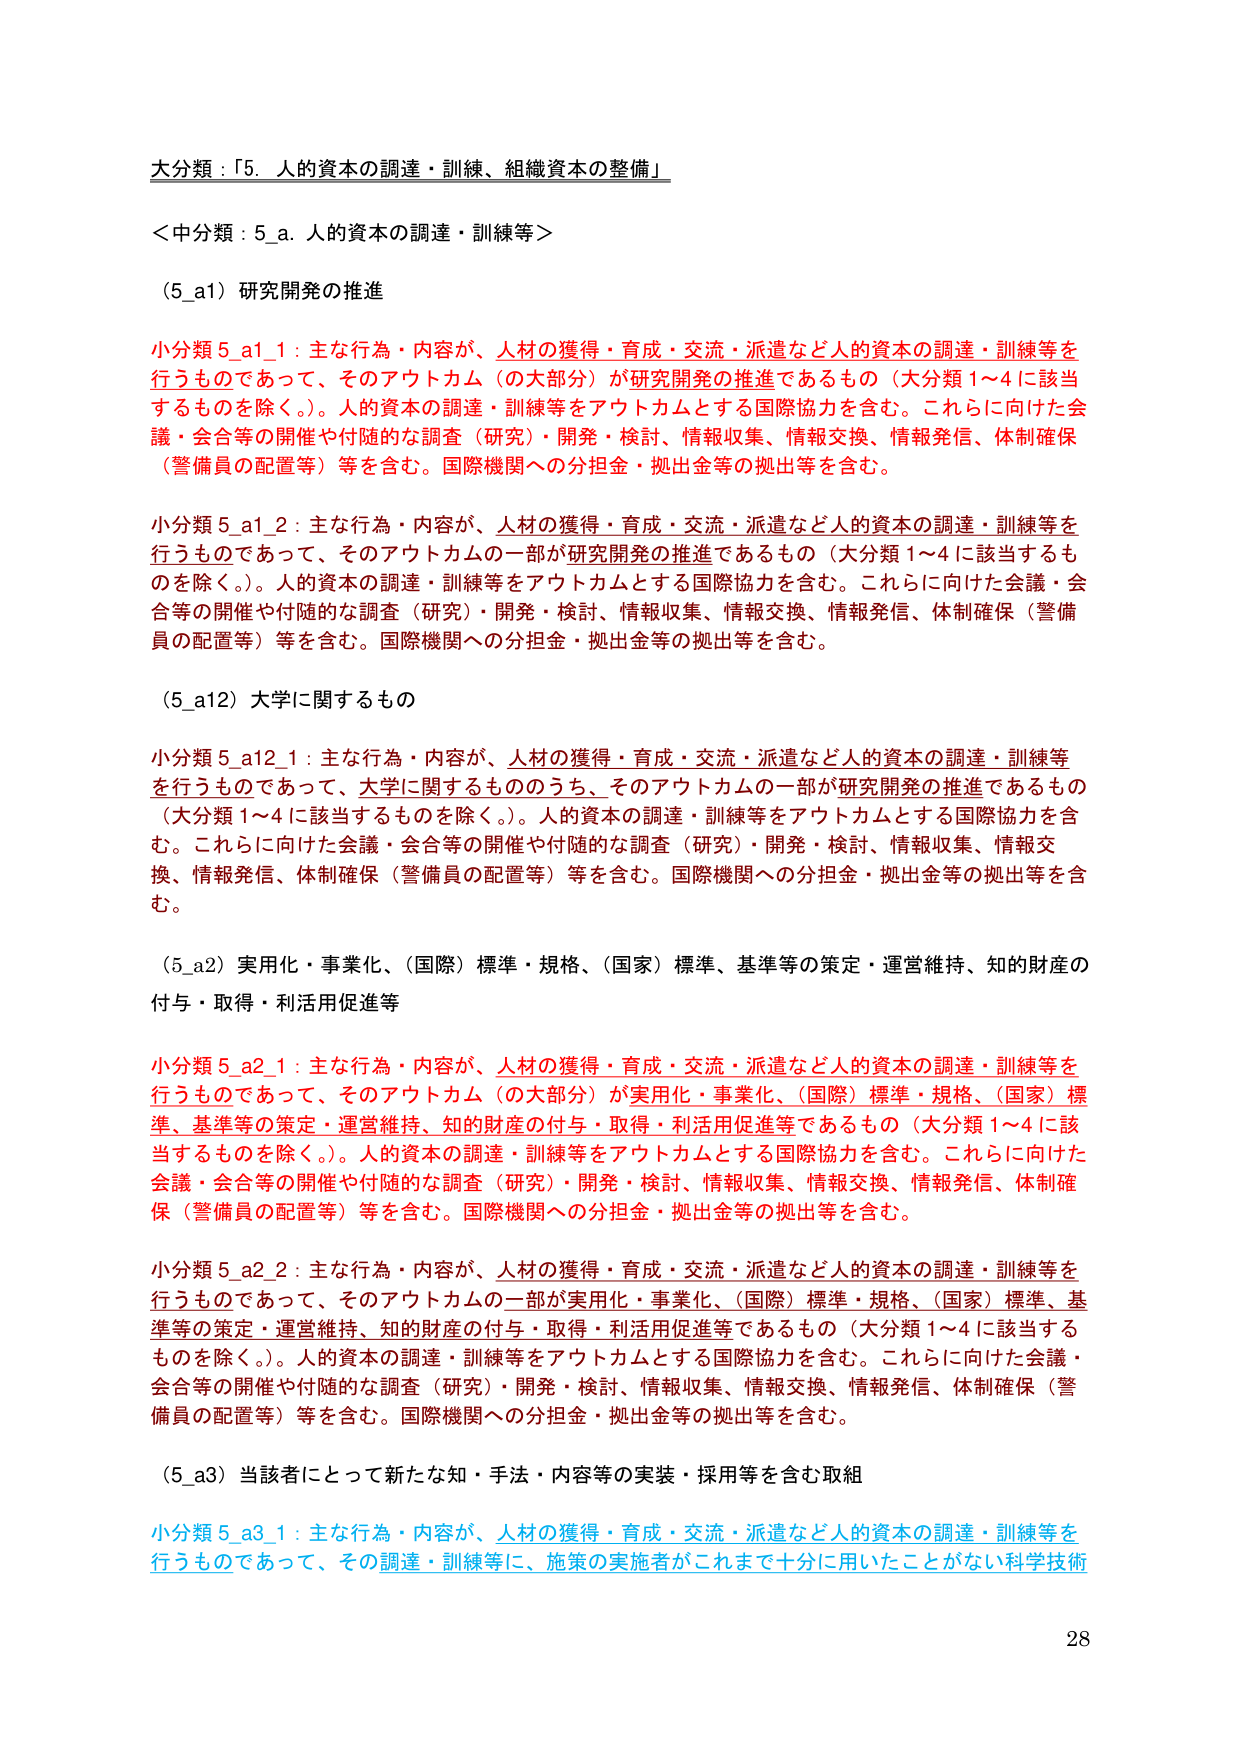
大分類：「5．人的資本の調達・訓練、組織資本の整備」

＜中分類：5_a．人的資本の調達・訓練等＞

（5_a1）研究開発の推進

小分類 5_a1_1：主な行為・内容が、人材の獲得・育成・交流・派遣など人的資本の調達・訓練等を行うものであって、そのアウトカム（の大部分）が研究開発の推進であるもの（大分類1～4に該当するものを除く。）。人的資本の調達・訓練等をアウトカムとする国際協力を含む。これらに向けた会議・会合等の開催や付随的な調査（研究）・開発・検討、情報収集、情報交換、情報発信、体制確保（警備員の配置等）等を含む。国際機関への分担金・拠出金等の拠出等を含む。

小分類 5_a1_2：主な行為・内容が、人材の獲得・育成・交流・派遣など人的資本の調達・訓練等を行うものであって、そのアウトカムの一部が研究開発の推進であるもの（大分類1～4に該当するものを除く。）。人的資本の調達・訓練等をアウトカムとする国際協力を含む。これらに向けた会議・会合等の開催や付随的な調査（研究）・開発・検討、情報収集、情報交換、情報発信、体制確保（警備員の配置等）等を含む。国際機関への分担金・拠出金等の拠出等を含む。

（5_a12）大学に関するもの

小分類 5_a12_1：主な行為・内容が、人材の獲得・育成・交流・派遣など人的資本の調達・訓練等を行うものであって、大学に関するもののうち、そのアウトカムの一部が研究開発の推進であるもの（大分類1～4に該当するものを除く。）。人的資本の調達・訓練等をアウトカムとする国際協力を含む。これらに向けた会議・会合等の開催や付随的な調査（研究）・開発・検討、情報収集、情報交換、情報発信、体制確保（警備員の配置等）等を含む。国際機関への分担金・拠出金等の拠出等を含む。

（5_a2）実用化・事業化、（国際）標準・規格、（国家）標準、基準等の策定・運営維持、知的財産の付与・取得・利活用促進等

小分類 5_a2_1：主な行為・内容が、人材の獲得・育成・交流・派遣など人的資本の調達・訓練等を行うものであって、そのアウトカム（の大部分）が実用化・事業化、（国際）標準・規格、（国家）標準、基準等の策定・運営維持、知的財産の付与・取得・利活用促進等であるもの（大分類1～4に該当するものを除く。）。人的資本の調達・訓練等をアウトカムとする国際協力を含む。これらに向けた会議・会合等の開催や付随的な調査（研究）・開発・検討、情報収集、情報交換、情報発信、体制確保（警備員の配置等）等を含む。国際機関への分担金・拠出金等の拠出等を含む。

小分類 5_a2_2：主な行為・内容が、人材の獲得・育成・交流・派遣など人的資本の調達・訓練等を行うものであって、そのアウトカムの一部が実用化・事業化、（国際）標準・規格、（国家）標準、基準等の策定・運営維持、知的財産の付与・取得・利活用促進等であるもの（大分類1～4に該当するものを除く。）。人的資本の調達・訓練等をアウトカムとする国際協力を含む。これらに向けた会議・会合等の開催や付随的な調査（研究）・開発・検討、情報収集、情報交換、情報発信、体制確保（警備員の配置等）等を含む。国際機関への分担金・拠出金等の拠出等を含む。

（5_a3）当該者にとって新たな知・手法・内容等の実装・採用等を含む取組

小分類 5_a3_1：主な行為・内容が、人材の獲得・育成・交流・派遣など人的資本の調達・訓練等を行うものであって、その調達・訓練等に、施策の実施者がこれまで十分に用いたことがない科学技術

28